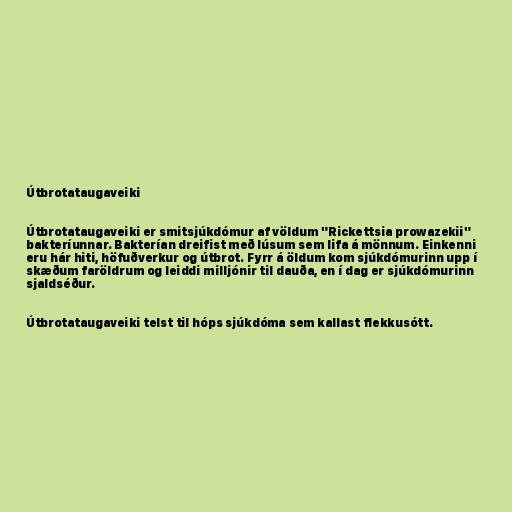
Útbrotataugaveiki

Útbrotataugaveiki er smitsjúkdómur af völdum "Rickettsia prowazekii"
bakteríunnar. Bakterían dreifist með lúsum sem lifa á mönnum. Einkenni
eru hár hiti, höfuðverkur og útbrot. Fyrr á öldum kom sjúkdómurinn upp í
skæðum faröldrum og leiddi milljónir til dauða, en í dag er sjúkdómurinn
sjaldséður.

Útbrotataugaveiki telst til hóps sjúkdóma sem kallast flekkusótt.